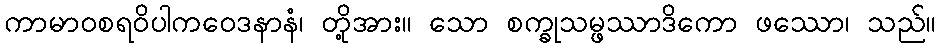
ကာမာဝစရဝိပါကဝေဒနာနံ၊ တို့အား။ သော စက္ခုသမ္ဖဿာဒိကော ဖဿော၊ သည်။